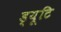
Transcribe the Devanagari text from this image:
ड्यूटि